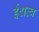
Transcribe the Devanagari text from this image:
ईशत्व